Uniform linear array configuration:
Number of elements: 64
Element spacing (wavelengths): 1
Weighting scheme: uniform
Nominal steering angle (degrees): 0
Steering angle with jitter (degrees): -0.4257
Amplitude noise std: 0.05
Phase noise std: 0.05

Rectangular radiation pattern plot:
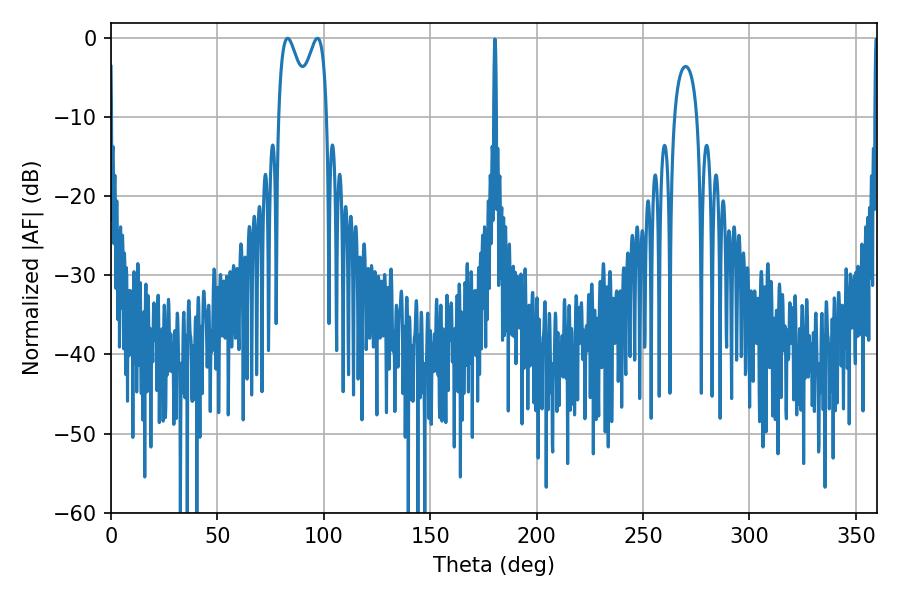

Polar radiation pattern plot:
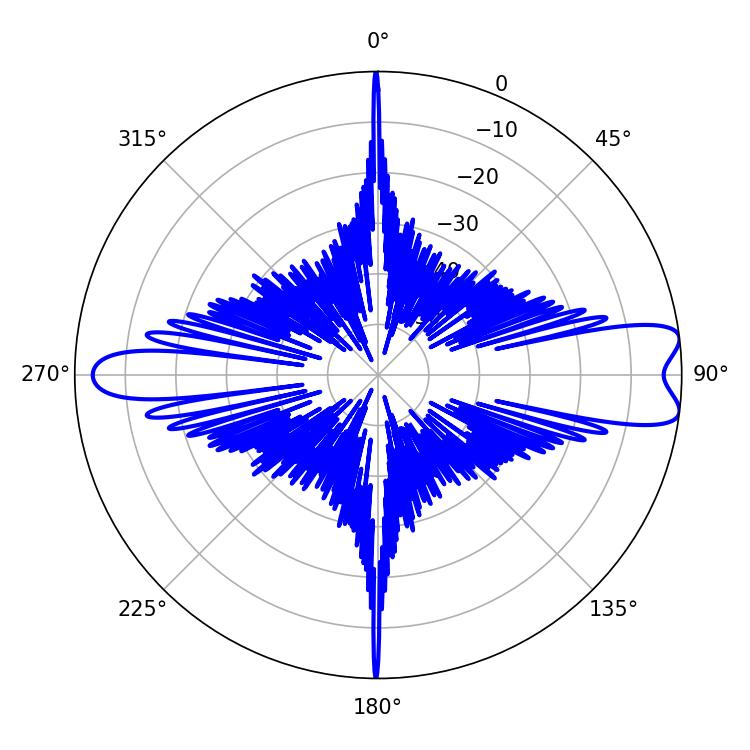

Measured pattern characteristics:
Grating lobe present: TRUE
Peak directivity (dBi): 10.027
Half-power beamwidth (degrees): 7.74
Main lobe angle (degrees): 82.98